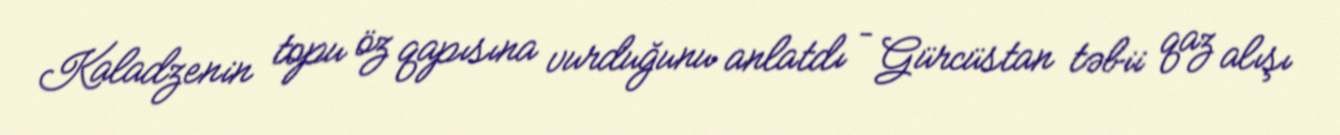
Kaladzenin topu öz qapısına vurduğunu anlatdı – Gürcüstan təbii qaz alışı